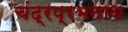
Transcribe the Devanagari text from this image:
चंद्रप्रभनाथ